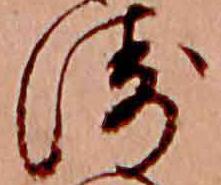
ゑ